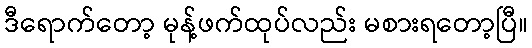
ဒီရောက်တော့ မုန့်ဖက်ထုပ်လည်း မစားရတော့ပြီ။